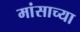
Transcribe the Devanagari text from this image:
मांसाच्या